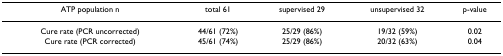
<table><thead><tr><td><b>ATP population n</b></td><td><b>total 61</b></td><td><b>supervised 29</b></td><td><b>unsupervised 32</b></td><td><b>p-value</b></td></tr></thead><tbody><tr><td>Cure rate (PCR uncorrected)</td><td>44/61 (72%)</td><td>25/29 (86%)</td><td>19/32 (59%)</td><td>0.02</td></tr><tr><td>Cure rate (PCR corrected)</td><td>45/61 (74%)</td><td>25/29 (86%)</td><td>20/32 (63%)</td><td>0.04</td></tr></tbody></table>